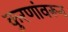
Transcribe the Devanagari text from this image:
कुरणांवरून